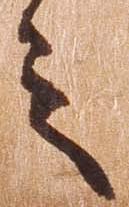
之